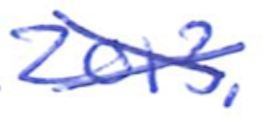
Text: 2013.
Cross-out: mix
Writing tool: ballpoint